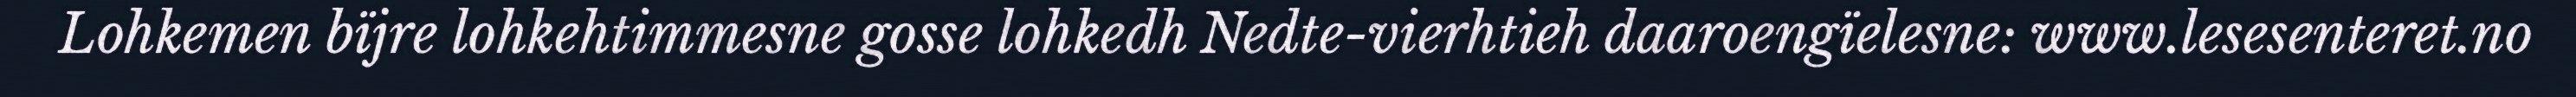
Lohkemen bïjre lohkehtimmesne gosse lohkedh Nedte-vierhtieh daaroengïelesne: www.lesesenteret.no